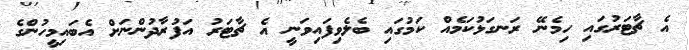
އެ ޗާޓަރުގައި ހިމެނޭ ރަނގަޅުކަމެއް ކަމުގައި ބެލެވިފައިވަނީ އެ ޗާޓަރު އަފުރާދުންނަށް އެބައިމީހުންގެ